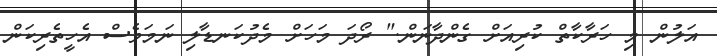
އަލުން މި ހަރާކާތް ކުރިއަށް ގެންދާނަން." ރޯދަ މަހަށް މެދުކަނޑާލި ނަމަވެސް އެހީތެރިކަން